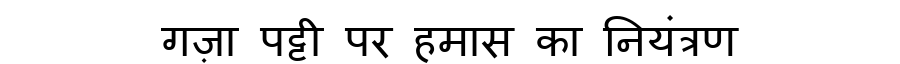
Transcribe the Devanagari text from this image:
गज़ा पट्टी पर हमास का नियंत्रण